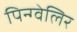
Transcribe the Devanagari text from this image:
पिन्ग्वेलिर